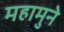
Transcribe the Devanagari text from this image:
महामुने